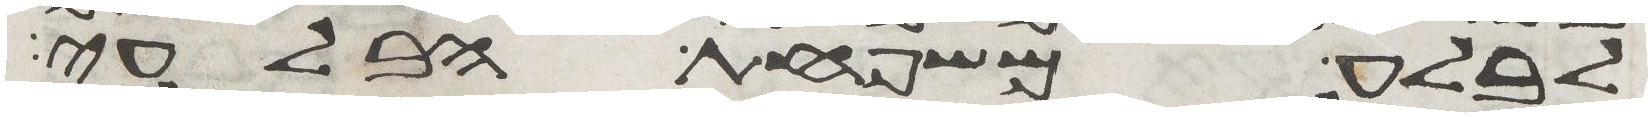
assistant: לבלע משפחת הבלעי